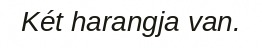
Két harangja van.